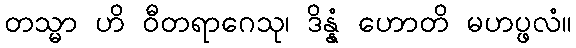
တသ္မာ ဟိ ဝီတရာဂေသု၊ ဒိန္နံ ဟောတိ မဟပ္ဖလံ။